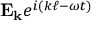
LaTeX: \mathbf { E _ { k } } e ^ { i ( k \ell - \omega t ) }